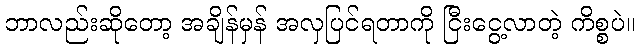
ဘာလည်းဆိုတော့ အချိန်မှန် အလှပြင်ရတာကို ငြီးငွေ့လာတဲ့ ကိစ္စပဲ။